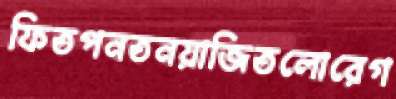
ফিতপনতনয়াজিতলোরেগ